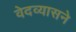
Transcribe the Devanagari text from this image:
वेदव्यासने